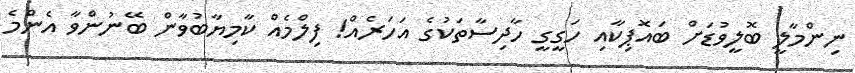
ނިންމާލީ ބޮލީވުޑަށް ބައޮޕިކާއި ހަގީގީ ހާދިސާތަކުގެ އަހަރެއް! ފިލްމެއް ކާމިޔާބުވާން ބޭނުންވާ އެންމެ